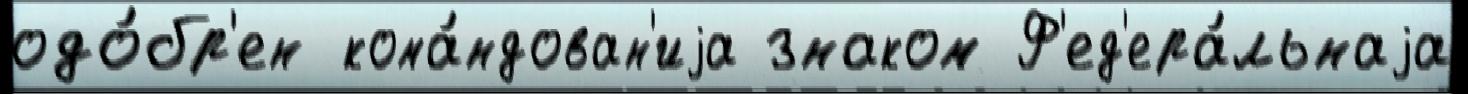
одо́бр'ен кома́ндован'иjа знаком Ф'ед'ера́льнаjа